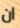
ان